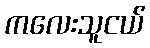
ကလေးသူငယ်